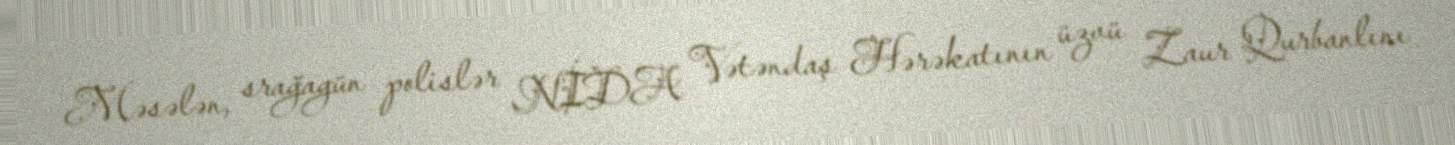
Məsələn, srağagün polislər NİDA Vətəndaş Hərəkatının üzvü Zaur Qurbanlını